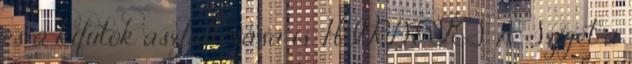
és a kifutók aszfaltozása is. HIRDETÉS A Sziget a